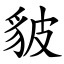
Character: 䝛